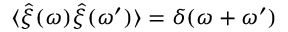
\langle \hat { \xi } ( \omega ) \hat { \xi } ( \omega ^ { \prime } ) \rangle = \delta ( \omega + \omega ^ { \prime } )